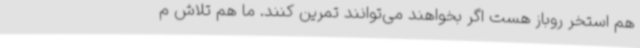
هم استخر روباز هست اگر بخواهند می‌توانند تمرین کنند. ما هم تلاش م